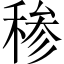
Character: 䅟